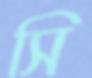
সি